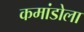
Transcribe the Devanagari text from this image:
कमांडोला